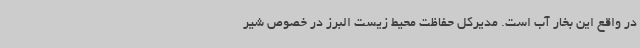
در واقع این بخار آب است. مدیرکل حفاظت محیط زیست البرز در خصوص شیر